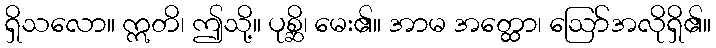
ရှိသလော။ ဣတိ၊ ဤသို့။ ပုစ္ဆိ၊ မေး၏။ အာမ အတ္ထော၊ ဩော်အလိုရှိ၏။